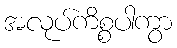
အလုပ်ကိစ္စပါကွာ